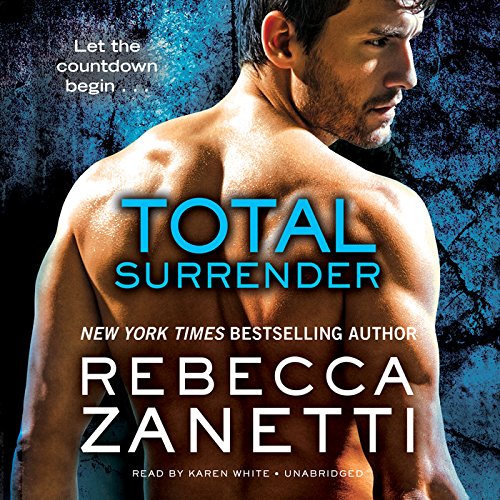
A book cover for Total Surrender (Sin Brothers series, Book 4); Rebecca Zanetti; Romance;